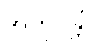
အကုပ္ပန္တိ